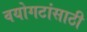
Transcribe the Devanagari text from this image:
वयोगटांसाठी